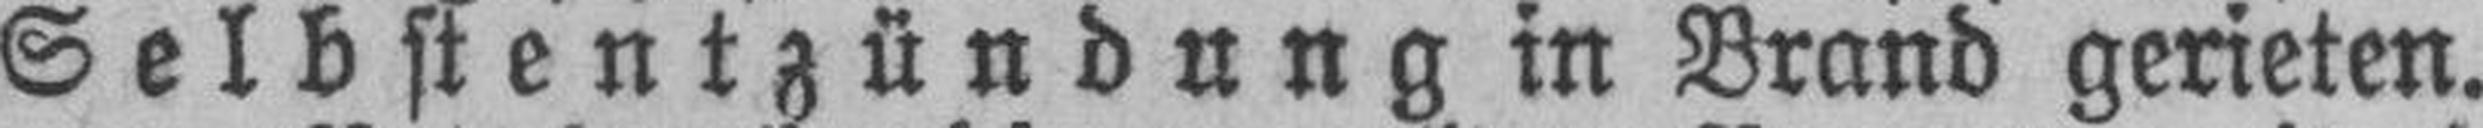
Selbstentzündung in Brand gerieten.